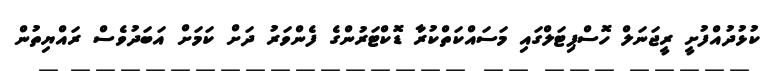
ކުޅުދުއްފުށީ ރީޖަނަލް ހޮސްޕިޓަލްގައި މަސައްކަތްކުރާ ޑޮކްޓަރުންގެ ފެންވަރު ދަށް ކަމަށް އަބަދުވެސް ރައްޔިތުން